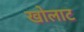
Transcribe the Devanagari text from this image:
खोलाट